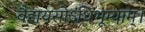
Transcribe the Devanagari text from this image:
वैहायसोऽधिभूम्याम्।